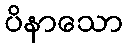
ပိနာသော